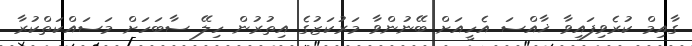
ގާއިމް ކުރެވިފައިވާ ޚާއްސަ އެހީއަށް ބޭނުންވާ މަރުކަޒުގެ އިތުރުން ހިލޭ ސާބަހަށް މަސައްކަތްކުރާ